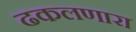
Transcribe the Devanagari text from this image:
ढकलणारा